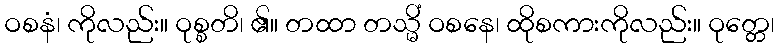
ဝစနံ၊ ကိုလည်း။ ဝုစ္စတိ၊ ၏။ တထာ တသ္မိံ ဝစနေ၊ ထိုစကားကိုလည်း။ ဝုတ္တေ၊